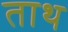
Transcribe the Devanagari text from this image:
ताथ